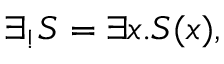
\exists _ { ! } S = \exists x . S ( x ) ,